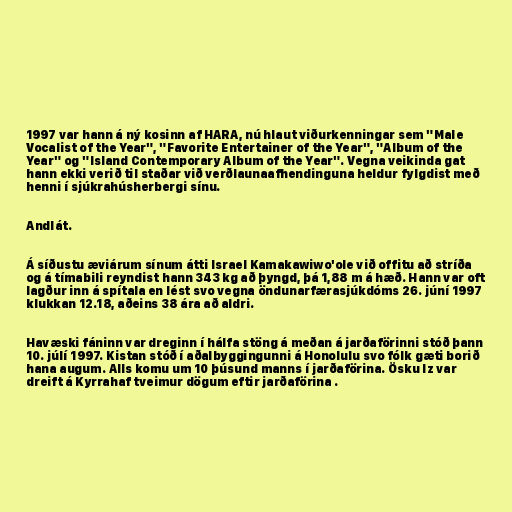
1997 var hann á ný kosinn af HARA, nú hlaut viðurkenningar sem "Male
Vocalist of the Year", "Favorite Entertainer of the Year", "Album of the
Year" og "Island Contemporary Album of the Year". Vegna veikinda gat
hann ekki verið til staðar við verðlaunaafhendinguna heldur fylgdist með
henni í sjúkrahúsherbergi sínu.

Andlát.

Á síðustu æviárum sínum átti Israel Kamakawiwo'ole við offitu að stríða
og á tímabili reyndist hann 343 kg að þyngd, þá 1,88 m á hæð. Hann var oft
lagður inn á spítala en lést svo vegna öndunarfærasjúkdóms 26. júní 1997
klukkan 12.18, aðeins 38 ára að aldri.

Havæski fáninn var dreginn í hálfa stöng á meðan á jarðaförinni stóð þann
10. júlí 1997. Kistan stóð í aðalbyggingunni á Honolulu svo fólk gæti borið
hana augum. Alls komu um 10 þúsund manns í jarðaförina. Ösku Iz var
dreift á Kyrrahaf tveimur dögum eftir jarðaförina .